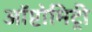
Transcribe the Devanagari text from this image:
ऑप्टोमिट्री